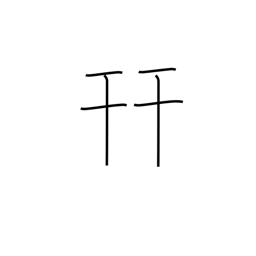
Meaning: put together